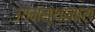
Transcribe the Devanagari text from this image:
उगमस्थानास